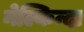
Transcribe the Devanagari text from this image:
नेल्किन्दा